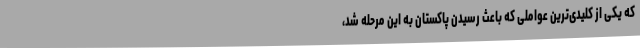
که یکی از کلیدی‌ترین عواملی که باعث رسیدن پاکستان به این مرحله شد،